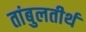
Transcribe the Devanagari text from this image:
तांबुलतीर्थ